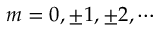
m = 0 , \pm 1 , \pm 2 , \cdots